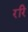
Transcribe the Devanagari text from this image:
ररि